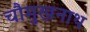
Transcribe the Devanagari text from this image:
चौमुखनाथ